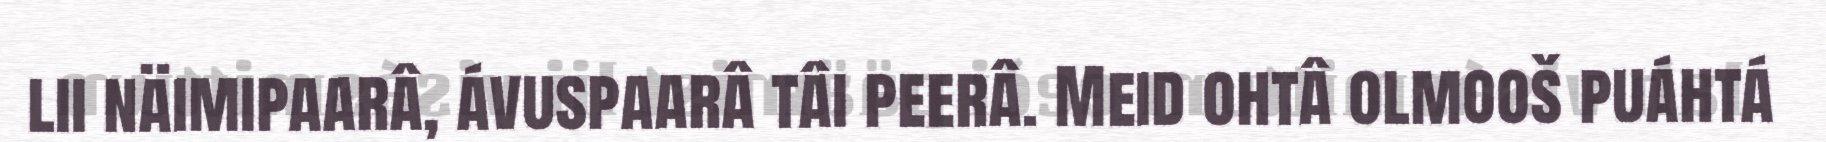
lii näimipaarâ, ávuspaarâ tâi peerâ. Meid ohtâ olmooš puáhtá